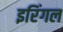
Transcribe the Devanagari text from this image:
इरिंगल